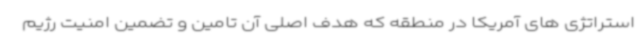
استراتژی های آمریکا در منطقه که هدف اصلی آن تامین و تضمین امنیت رژیم